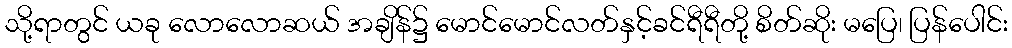
သို့ရာတွင် ယခု လောလောဆယ် အချိန်၌ မောင်မောင်လတ်နှင့်ခင်ရီရီတို့ စိတ်ဆိုး မပြေ၊ ပြန်ပေါင်း